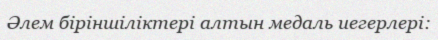
Әлем біріншіліктері алтын медаль иегерлері: